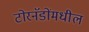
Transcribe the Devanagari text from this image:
टोरनॅडोंमधील